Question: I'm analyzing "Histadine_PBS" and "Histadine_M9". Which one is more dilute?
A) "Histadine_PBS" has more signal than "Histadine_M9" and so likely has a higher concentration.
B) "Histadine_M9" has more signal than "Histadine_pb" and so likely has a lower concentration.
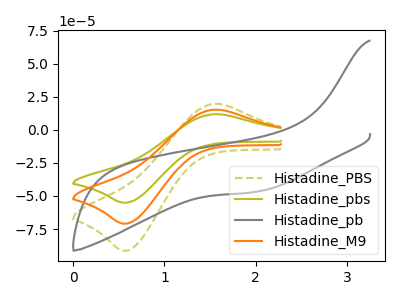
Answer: <think>The olive dashed curve "Histadine_PBS" has an anodic peak at (1.55V, 19.65uA) and a cathodic peak at (0.60V, -91.40uA). The olive curve "Histadine_pbs" has an anodic peak at (1.55V, 30.55uA) and a cathodic peak at (0.60V, -141.90uA). The gray curve "Histadine_pb" has no peaks. The orange curve "Histadine_M9" has an anodic peak at (1.55V, 15.25uA) and a cathodic peak at (0.60V, -70.95uA).
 All the peaks in "Histadine_PBS" have a peak in "Histadine_M9" at the same potential. Every peak in "Histadine_PBS" is higher than every peak in "Histadine_M9".</think>
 <answer>A) "Histadine_PBS" has more signal than "Histadine_M9" and so likely has a higher concentration.</answer>
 <eval>A</eval>